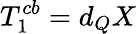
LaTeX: T_{1}^{cb}=d_{Q}X